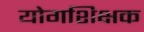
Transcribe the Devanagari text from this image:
योगशिक्षक